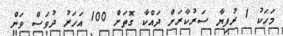
މަހަކު 1 ރުފިޔާ ސަރުކާރަށް ދައްކާ ގޮތަށް 100 އަހަރު ދުވަސް ވަން